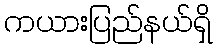
ကယားပြည်နယ်ရှိ